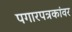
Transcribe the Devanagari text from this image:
पगारपत्रकांवर